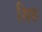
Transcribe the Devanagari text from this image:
शिङ